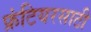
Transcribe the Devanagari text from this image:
फ्रंटियरसाठी